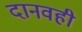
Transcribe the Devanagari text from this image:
दानवही